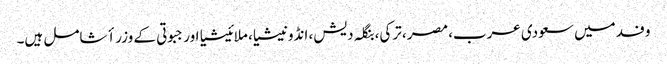
وفد میں سعودی عرب، مصر، ترکی، بنگلہ دیش، انڈونیشیا، ملائیشیا اور جبوتی کے وزراٴ شامل ہیں۔